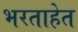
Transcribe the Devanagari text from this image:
भरताहेत